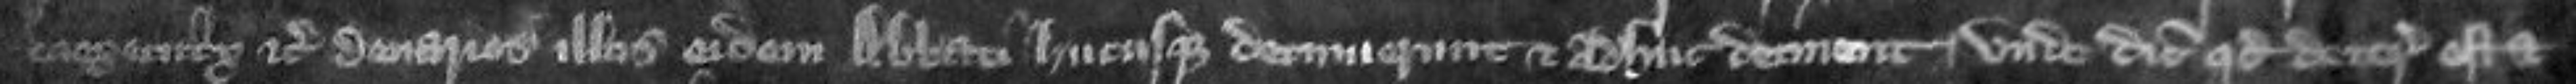
coexecutrix etc denarios illos eidem abbati hucusque detinuerunt et adhuc detinent unde dicit quod deterioratus est et